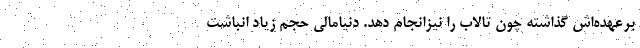
برعهده‌اش گذاشته چون تالاب را نیزانجام دهد. دنیامالی حجم زیاد انباشت